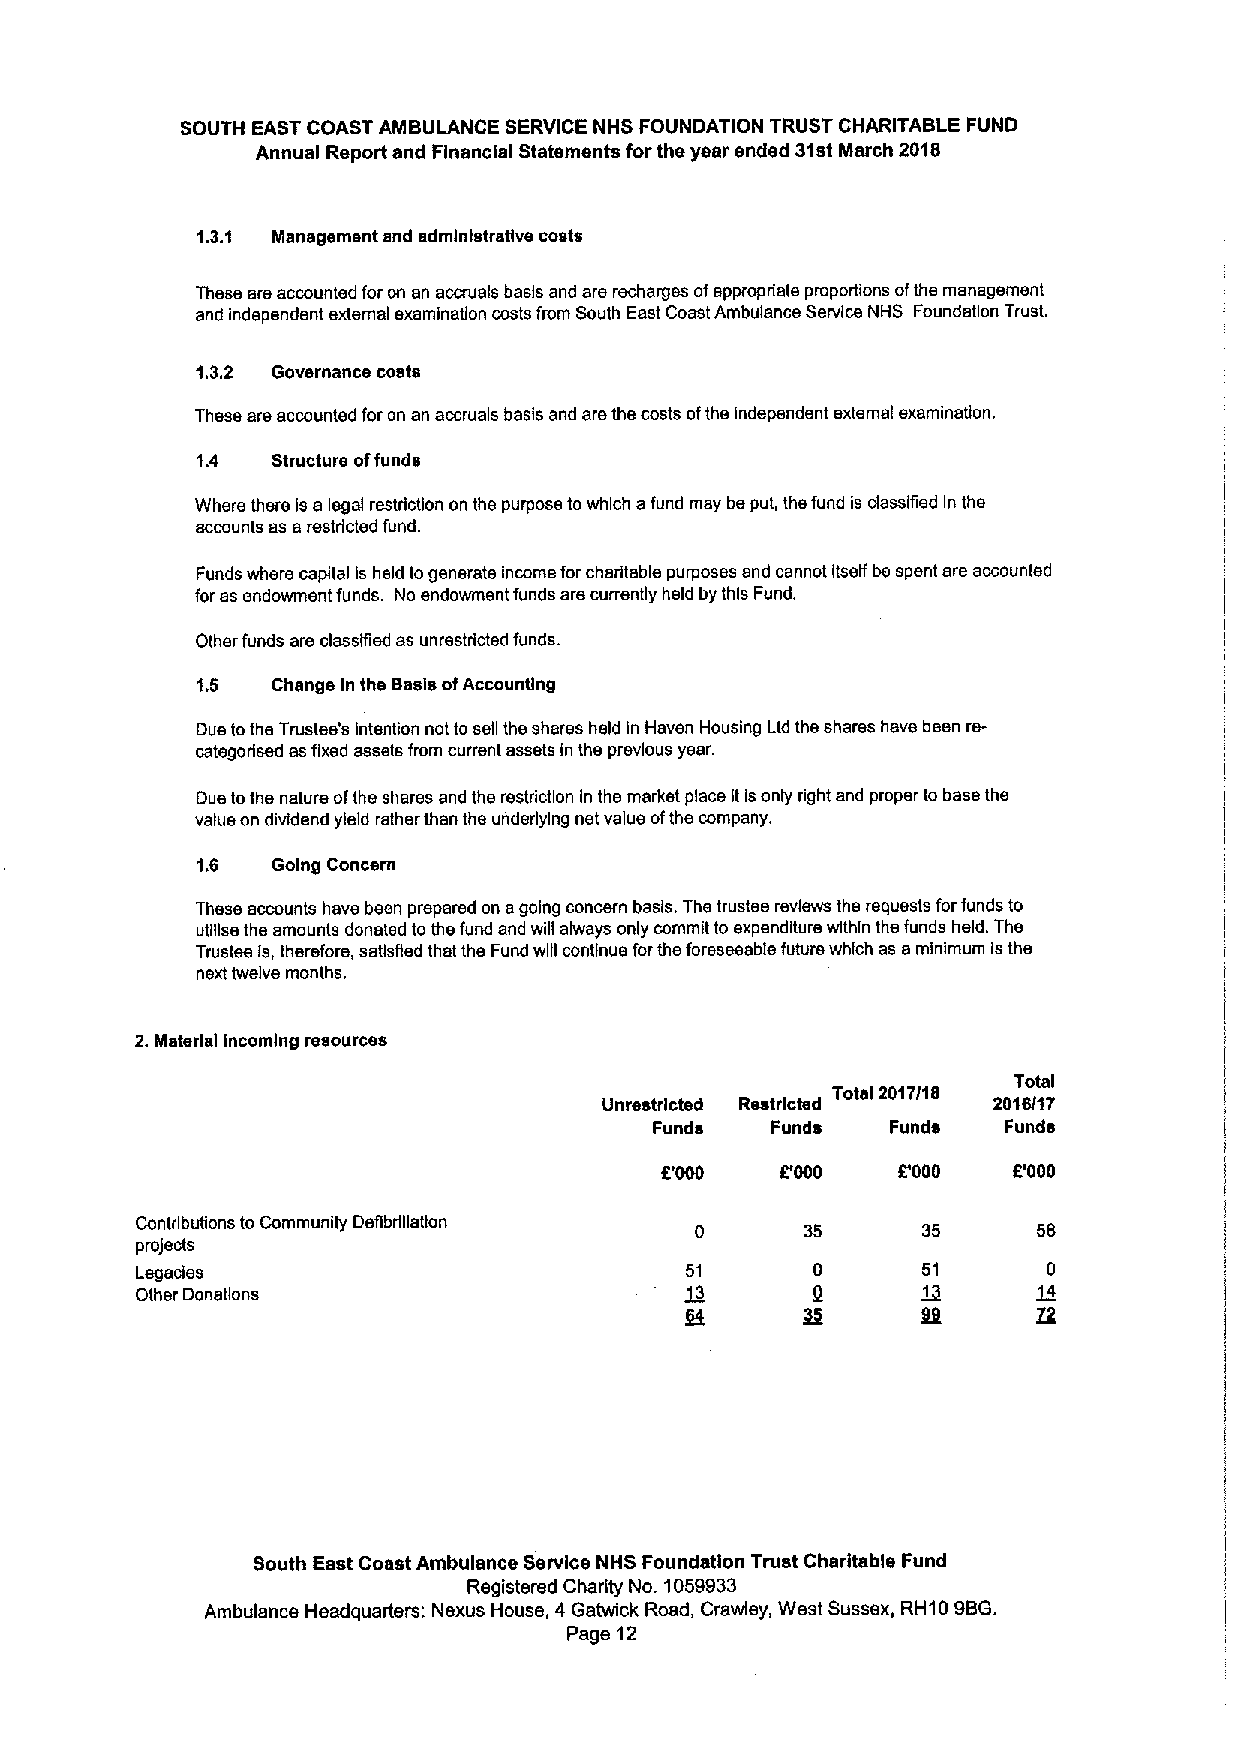
SOUTH EAST COAST AMBULANCE SERVICE NHS FOUNDATION TRUST CHARITABLE FUND
 Annual Report and Financial Statements forthe year ended 31stMarch 2018
 1.3.1 Management and administrative costs
 These are accounted for on an accruals basis and are rscharges ofappropriate proportions ofthe management
 and independent external examinaUon costs from South East Coast Ambulance Service NHS Foundation Trust.
 1.3.2 Governance costs
 These are accounted foron an accruals basis and are the costs ofthe independent external examination.
 1.4  Structure offunds
 Where there is a legal restriction on the purpose towhich afund may be put, the fund is classified in the
 accounts as arestricted fund.
 Funds where capital is held togenerate income forcharitable purposes and cannot itself be spent ars accounted
 foras endowment funds. No endowment funds ars currently held by this Fund.
 Other funds are classified as unrestricted funds.
 1.5  Change In the Basis ofAccounting
 Due tothe Trustee's intention not to ssb the shares held in Haven Housing Ltd the shares have been rs-
 categorlsed as fixed assets from current assets in the previous year.
 Dus tothe nature ofthe shares and the restriction In the market place it isonly right and proper to bass the
 value on dividend yield rather than ths underlying net value ofthe company.
 1.6  Going Concern
 These accounts have been prepared on agoing concern basis. Ths trustee reviews the requests forfunds to
 utitse the amounts donated tothe fund and wUI always only commit to expenditure within the funds held. The
 Trustee is, therefore, satlsRed that the Fund wgl continue forthe foreseeable future which as sminimum Isthe
 next twelve months.
 2.Material incoming resources
 Total
 Total 2017/18
 Unrestricted Restricted   2016I17
 Funds   Funds   Funds  Funds
 8'000   8'000  B000    8'000
 Contributions to Community DeflbrUlatlon            35      58
 projects
 Legades                             51       0      51      0
 Other Donations                                     12
 K
 jdt             Itjl    ZR
 South East Coast Ambulance Service NHS Foundation Trust Charitable Fund
 Registered Charity No. 1059933
 Ambulance Headquarters: Nexus House, 4 Gatwick Road, Crawley, West Sussex, RH10 9BG.
 Page 12